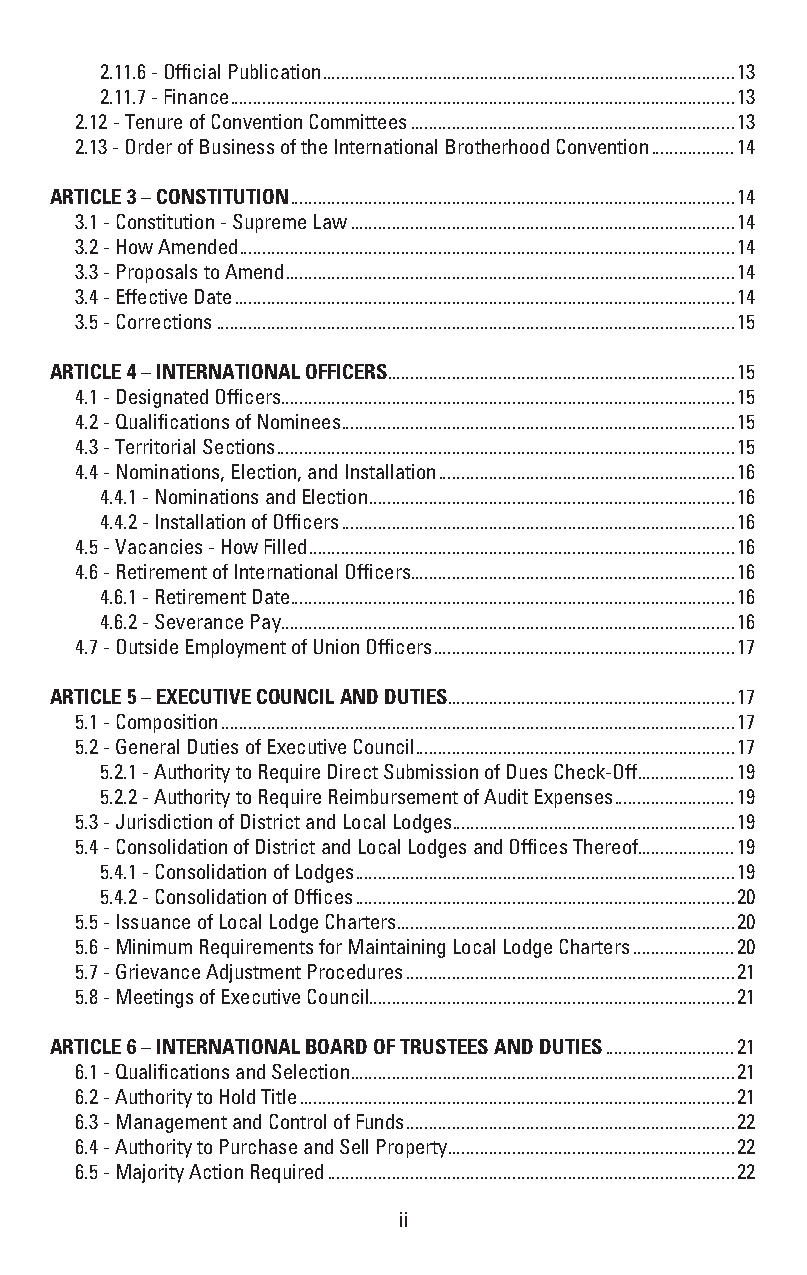
2.11.6 - Official Publication .........................................................................................13
 2.11.7 - Finance .............................................................................................................13
 2.12 - Tenure of Convention Committees ......................................................................13
 2.13 - Order of Business of the International Brotherhood Convention ..................14
 ARTICLE 3 – CONSTITUTION ................................................................................................14
 3.1 - Constitution - Supreme Law ...................................................................................14
 3.2 - How Amended ...........................................................................................................14
 3.3 - Proposals to Amend .................................................................................................14
 3.4 - Effective Date ............................................................................................................14
 3.5 - Corrections ................................................................................................................15
 ARTICLE 4 – INTERNATIONAL OFFICERS ...........................................................................15
 4.1 - Designated Officers ..................................................................................................15
 4.2 - Qualifications of Nominees .....................................................................................15
 4.3 - Territorial Sections ...................................................................................................15
 4.4 - Nominations, Election, and Installation ................................................................16
 4.4.1 - Nominations and Election ...............................................................................16
 4.4.2 - Installation of Officers .....................................................................................16
 4.5 - Vacancies - How Filled ............................................................................................16
 4.6 - Retirement of International Officers ......................................................................16
 4.6.1 - Retirement Date ................................................................................................16
 4.6.2 - Severance Pay ..................................................................................................16
 4.7 - Outside Employment of Union Officers .................................................................17
 ARTICLE 5 – EXECUTIVE COUNCIL AND DUTIES ..............................................................17
 5.1 - Composition ...............................................................................................................17
 5.2 - General Duties of Executive Council .....................................................................17
 5.2.1 - Authority to Require Direct Submission of Dues Check-Off .....................19
 5.2.2 - Authority to Require Reimbursement of Audit Expenses ..........................19
 5.3 - Jurisdiction of District and Local Lodges .............................................................19
 5.4 - Consolidation of District and Local Lodges and Offices Thereof.....................19
 5.4.1 - Consolidation of Lodges ..................................................................................19
 5.4.2 - Consolidation of Offices ..................................................................................20
 5.5 - Issuance of Local Lodge Charters .........................................................................20
 5.6 - Minimum Requirements for Maintaining Local Lodge Charters ......................20
 5.7 - Grievance Adjustment Procedures .......................................................................21
 5.8 - Meetings of Executive Council ...............................................................................21
 ARTICLE 6 – INTERNATIONAL BOARD OF TRUSTEES AND DUTIES ............................21
 6.1 - Qualifications and Selection ...................................................................................21
 6.2 - Authority to Hold Title ..............................................................................................21
 6.3 - Management and Control of Funds .......................................................................22
 6.4 - Authority to Purchase and Sell Property ..............................................................22
 6.5 - Majority Action Required ........................................................................................22
 ii